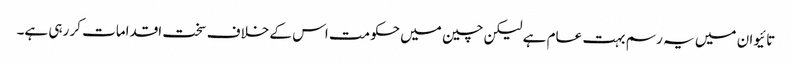
تائیوان میں یہ رسم بہت عام ہے لیکن چین میں حکومت اس کے خلاف سخت اقدامات کر رہی ہے۔